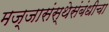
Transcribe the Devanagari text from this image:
मज्जासंस्थेसंबंधीचा